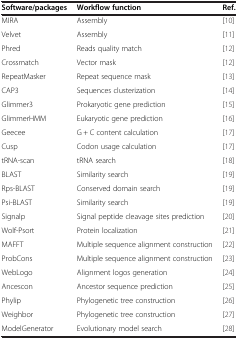
<table><thead><tr><td><b>Software/packages</b></td><td><b>Workflow function</b></td><td><b>Ref.</b></td></tr></thead><tbody><tr><td>MIRA</td><td>Assembly</td><td>[10]</td></tr><tr><td>Velvet</td><td>Assembly</td><td>[11]</td></tr><tr><td>Phred</td><td>Reads quality match</td><td>[12]</td></tr><tr><td>Crossmatch</td><td>Vector mask</td><td>[12]</td></tr><tr><td>RepeatMasker</td><td>Repeat sequence mask</td><td>[13]</td></tr><tr><td>CAP3</td><td>Sequences clusterization</td><td>[14]</td></tr><tr><td>Glimmer3</td><td>Prokaryotic gene prediction</td><td>[15]</td></tr><tr><td>GlimmerHMM</td><td>Eukaryotic gene prediction</td><td>[16]</td></tr><tr><td>Geecee</td><td>G + C content calculation</td><td>[17]</td></tr><tr><td>Cusp</td><td>Codon usage calculation</td><td>[17]</td></tr><tr><td>tRNA-scan</td><td>tRNA search</td><td>[18]</td></tr><tr><td>BLAST</td><td>Similarity search</td><td>[19]</td></tr><tr><td>Rps-BLAST</td><td>Conserved domain search</td><td>[19]</td></tr><tr><td>Psi-BLAST</td><td>Similarity search</td><td>[19]</td></tr><tr><td>Signalp</td><td>Signal peptide cleavage sites prediction</td><td>[20]</td></tr><tr><td>Wolf-Psort</td><td>Protein localization</td><td>[21]</td></tr><tr><td>MAFFT</td><td>Multiple sequence alignment construction</td><td>[22]</td></tr><tr><td>ProbCons</td><td>Multiple sequence alignment construction</td><td>[23]</td></tr><tr><td>WebLogo</td><td>Alignment logos generation</td><td>[24]</td></tr><tr><td>Ancescon</td><td>Ancestor sequence prediction</td><td>[25]</td></tr><tr><td>Phylip</td><td>Phylogenetic tree construction</td><td>[26]</td></tr><tr><td>Weighbor</td><td>Phylogenetic tree construction</td><td>[27]</td></tr><tr><td>ModelGenerator</td><td>Evolutionary model search</td><td>[28]</td></tr></tbody></table>